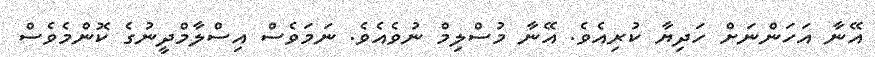
އޭނާ އަހަންނަށް ހަދިޔާ ކުރިއެވެ. އޭނާ މުސްލިމް ނުވެއެވެ. ނަމަވެސް އިސްލާމްދީނުގެ ކޮންމެވެސް